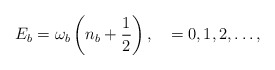
\begin{align*}E_b = \omega_b \left(n_{b} + \frac{1}{2}\right), \quad = 0,1,2, \ldots,\end{align*}